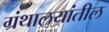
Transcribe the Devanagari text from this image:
ग्रंथालयांतील